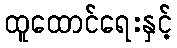
ထူထောင်ရေးနှင့်